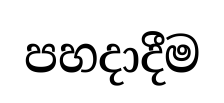
පහදාදීම